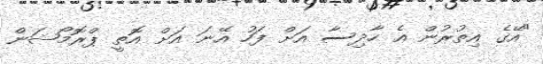
"އޭގެ އިތުރުން އެ ހާދިސާ އަށް ފަހު އޭނަ އަށް އޮތީ ޕްރޮމޯޝަން